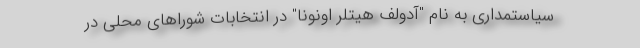
سیاستمداری به نام "آدولف هیتلر اونونا" در انتخابات شوراهای محلی در